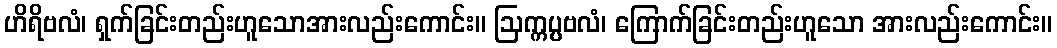
ဟိရိဗလံ၊ ရှက်ခြင်းတည်းဟူသောအားလည်းကောင်း။ ဩက္ကပ္ပဗလံ၊ ကြောက်ခြင်းတည်းဟူသော အားလည်းကောင်း။